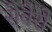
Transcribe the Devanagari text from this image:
सेवेरो